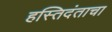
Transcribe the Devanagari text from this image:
हस्तिदंताचा